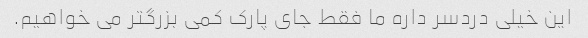
این خیلی دردسر داره ما فقط جای پارک کمی بزرگتر می خواهیم.